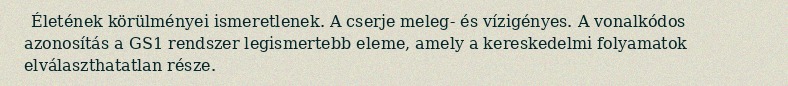
Életének körülményei ismeretlenek. A cserje meleg- és vízigényes. A vonalkódos azonosítás a GS1 rendszer legismertebb eleme, amely a kereskedelmi folyamatok elválaszthatatlan része.